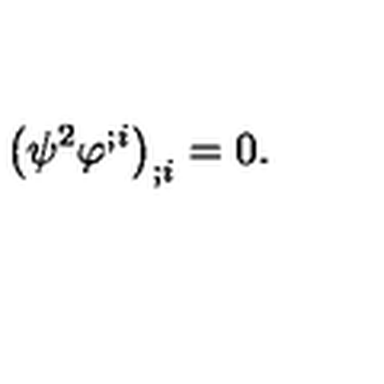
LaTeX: \big ( \psi ^ { 2 } \varphi ^ { ; i } \big ) _ { ; i } = 0 .